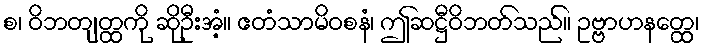
စ၊ ဝိဘတျတ္ထကို ဆိုဦးအံ့။ ဧတံသာမိဝစနံ၊ ဤဆဋ္ဌီဝိဘတ်သည်။ ဥဗ္ဗာဟနတ္ထေ၊